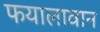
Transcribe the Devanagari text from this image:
फयालावान